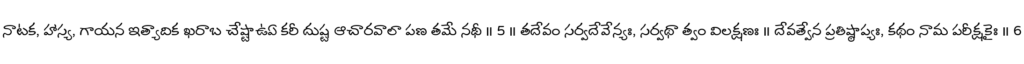
నాటక, హాస్య, గాయన ఇత్యాదిక ఖరాబ చేష్టాఉఏ కరీ దుష్ట ఆచారవాలా పణ తమే నథీ ॥ 5 ॥ తదేవం సర్వదేవేన్యః, సర్వథా త్వం విలక్షణః ॥ దేవత్వేన ప్రతిష్ఠాప్యః, కథం నామ పరీక్షకైః ॥ 6